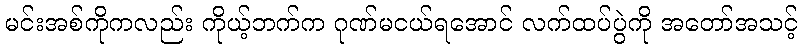
မင်းအစ်ကိုကလည်း ကိုယ့်ဘက်က ဂုဏ်မငယ်ရအောင် လက်ထပ်ပွဲကို အတော်အသင့်